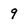
Character: 9